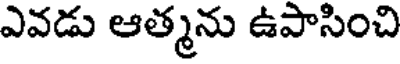
ఎవడు ఆత్మను ఉపాసించి